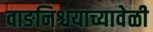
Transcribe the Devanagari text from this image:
वाङनिश्चयाच्यावेळी